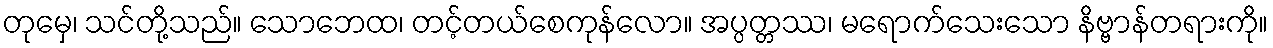
တုမှေ၊ သင်တို့သည်။ သောဘေထ၊ တင့်တယ်စေကုန်လော။ အပ္ပတ္တဿ၊ မရောက်သေးသော နိဗ္ဗာန်တရားကို။